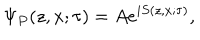
\Psi _ { P } ( z , x ; \tau ) = A e ^ { i S ( z , x ; \tau ) } ,